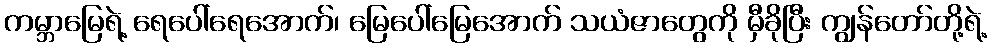
ကမ္ဘာမြေရဲ့ ရေပေါ်ရေအောက်၊ မြေပေါ်မြေအောက် သယံဇာတွေကို မှီခိုပြီး ကျွန်တော်တို့ရဲ့